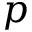
p